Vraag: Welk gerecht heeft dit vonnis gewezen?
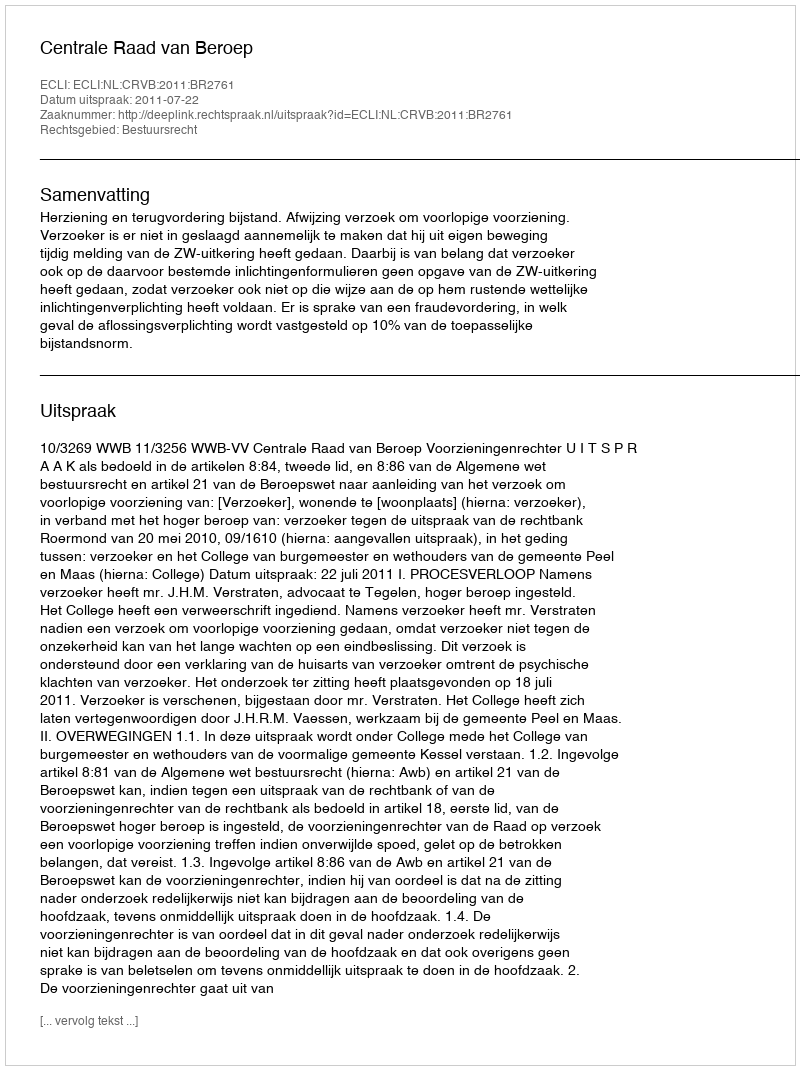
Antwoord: Centrale Raad van Beroep